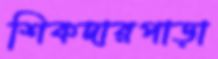
শিকদারপাড়া